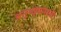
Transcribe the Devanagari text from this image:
अनुभट्ट्यांसाठी